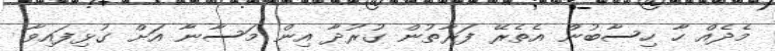
މެދެއް ހާ ހިސާބުން އެތެރޭ ފަރާތުން ގުރުދާ އިން މަސާނާ އަށް ގުޅިފައިވާ